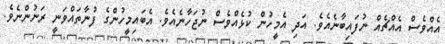
އެއްވެސް އެއްޗެއް ނުފައިބާނެއެވެ. އަދި އެމީހުން ކުޅެއްވެސް ނުޖަހާނެއެވެ. އެބައިމީހުންގެ ފުނާތައްވަނީ ރަނުންނެވެ.